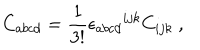
C _ { a b c d } = \frac { 1 } { 3 ! } { \epsilon _ { a b c d } } ^ { i j k } C _ { i j k } ~ ,